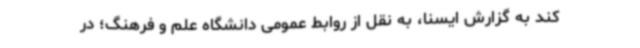
کند به گزارش ایسنا، به نقل از روابط عمومی دانشگاه علم و فرهنگ؛ در